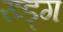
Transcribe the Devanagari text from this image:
ख्ड्ग